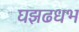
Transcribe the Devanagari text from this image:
घझढधभ